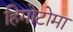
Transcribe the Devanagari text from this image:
हिमोटोमा